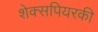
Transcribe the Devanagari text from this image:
शेक्सपियरकी